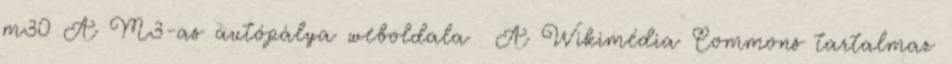
m30 A M3-as autópálya weboldala A Wikimédia Commons tartalmaz